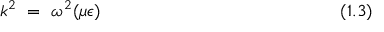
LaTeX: k ^ { 2 } ~ = ~ \omega ^ { 2 } ( \mu \epsilon ) ~ ~ ~ ~ ~ ~ ~ ~ ~ ~ ~ ~ ~ ~ ~ ~ ~ ~ ~ ~ ~ ~ ~ ~ ~ ~ ~ ~ ~ ~ ~ ~ ~ ~ ~ ~ ~ ~ ~ ~ ( 1 . 3 )